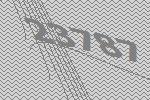
23787